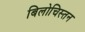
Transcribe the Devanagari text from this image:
बिलोचिस्तन